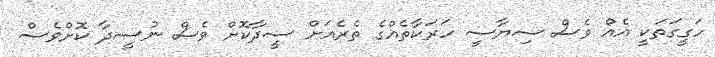
ހަގީގަތަކީ އެއް ވެސް ސިޔާސީ ހަރަކާތެއްގެ ތެރެއަށް ސީދާކޮށް ވެސް ނުސީދާ ކޮށްވެސް